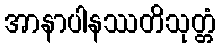
အာနာပါနဿတိသုတ္တံ